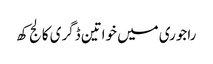
راجوری میں خواتین ڈگری کالج کھ